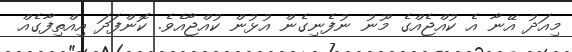
މިއަދު އޭނާ އެ ކުއްޖެއްގެ މޫނު ނުފެނިގެން އުޅުން ކުއްޖާއެވެ. ކޮންފަދަ އިއްތިފާގެއް